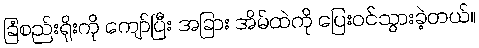
ခြံစည်းရိုးကို ကျော်ပြီး အခြား အိမ်ထဲကို ပြေးဝင်သွားခဲ့တယ်။